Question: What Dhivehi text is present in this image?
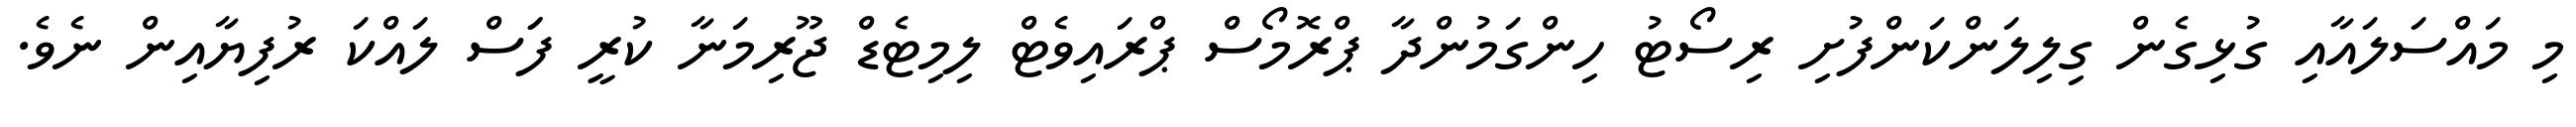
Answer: މި މައްސަލައާއި ގުޅިގެން ގިލިލަންކަންފުށި ރިސޯޓު ހިންގަމުންދާ ޕްރޮމޯސް ޕްރައިވެޓް ލިމިޓެޑް ޖޫރިމަނާ ކުރީ ފަަސް ލައްކަ ރުފިޔާއިން ނެވެ.